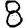
Digit: 8